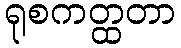
ရုစကတ္ထတာ